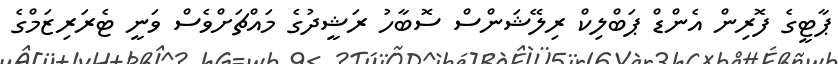
ޕާޓީގެ ފޮރިން އެންޑް ޕަބްލިކް ރިލޭޝަންސް ސޮބާހު ރަޝީދުގެ މައްޗަށްވެސް ވަނީ ޓެރަރިޒަމްގެ